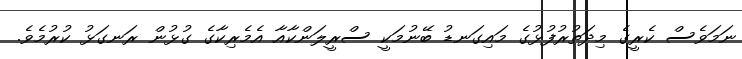
ނަމަވެސް ކެރީގެ މިދަތުރުފުޅުގެ މައިގަނޑު ބޭނުމަކީ ސްރީލަންކާއާ އެމެރިކާގެ ގުޅުން ރަނގަޅު ކުރުމެވެ.